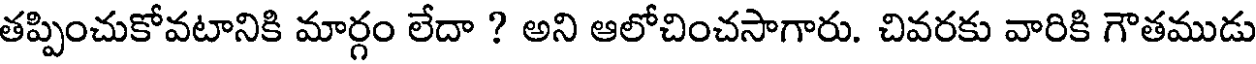
తప్పించుకోవటానికి మార్గం లేదా ? అని ఆలోచించసాగారు. చివరకు వారికి గౌతముడు